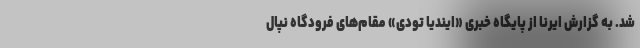
شد. به گزارش ایرنا از پایگاه خبری «ایندیا تودی» مقام‌های فرودگاه نپال